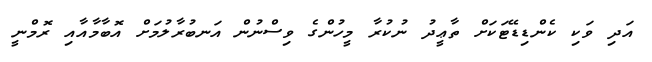
އަދި ވަކި ކެންޑިޑޭޓަކަށް ތާޢީދު ނުކުރާ މީހުންގެ ވިސްނުން އަނބުރާލުމަށް އޮބާމާއާއި ރޮމްނީ